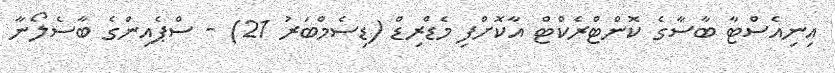
އިނިއެސްޓާ ބާސާގެ ކޮންޓްރެކްޓް އާކޮށްފި މެޑްރިޑް (ޑިސެމްބަރު 21) - ސްޕެއިންގެ ބާސެލޯނާ